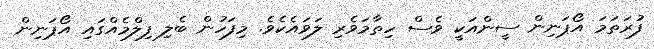
ފުރަތަމަ އޯޕަނިން ސީންއަކީ ވެސް ހިތާމަވެރި ލަވައެކެވެ. މިފަހުން ބެލި ފިލްމެއްގައި އޯޕަނިން